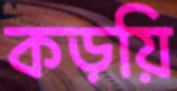
কড়য়ি